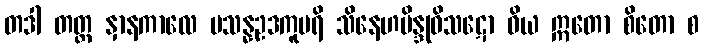
တဒါ တတ္ထ နှာနကာလေ ပသန္နဥဒကူပရိ သိနေဟဗိန္ဒုဝိသဋော ဝိယ ဣတော စိတော စ